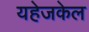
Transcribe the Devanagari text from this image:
यहेजकेल